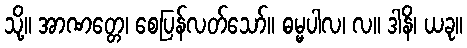
သို့။ အာဏတ္တေ၊ စေပြန်လတ်သော်။ ဓမ္မပါလ၊ လ။ ဒါနိ၊ ယခု။